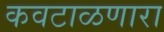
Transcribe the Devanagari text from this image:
कवटाळणारा